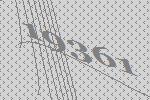
19361